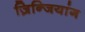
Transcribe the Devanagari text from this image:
ज़िन्जियांग